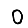
Digit: 0